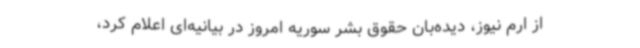
از ارم نیوز، دیده‌بان حقوق بشر سوریه امروز در بیانیه‌ای اعلام کرد،